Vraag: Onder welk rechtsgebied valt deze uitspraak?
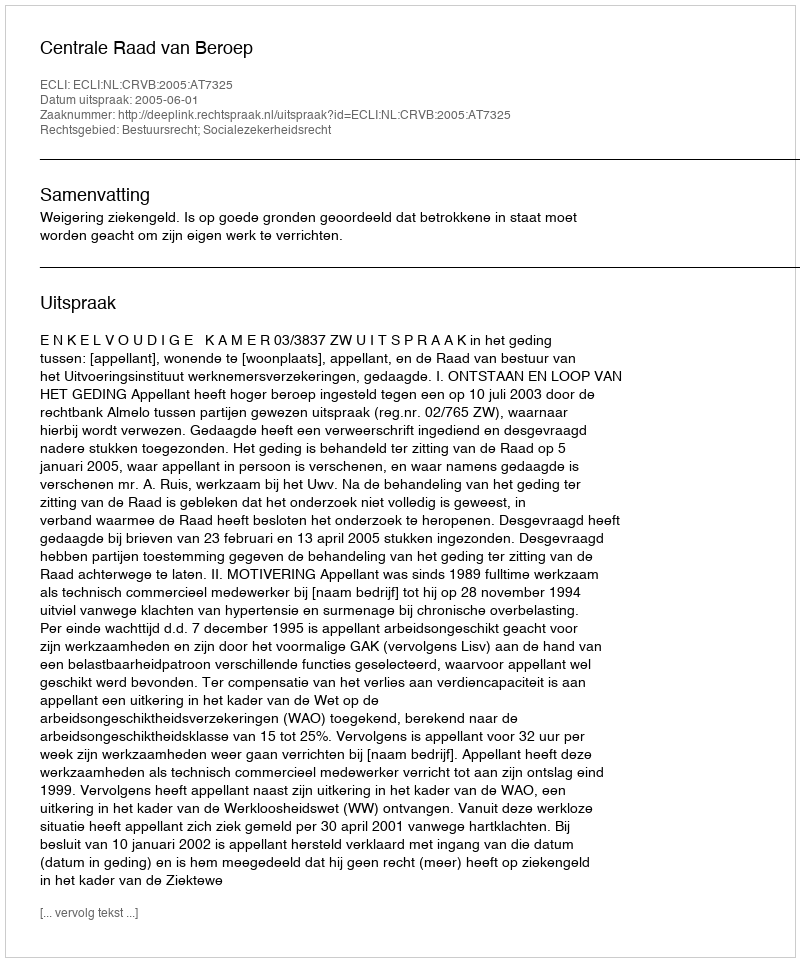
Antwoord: Bestuursrecht; Socialezekerheidsrecht